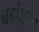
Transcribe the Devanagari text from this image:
ब्रह्म़ा़ंडीय